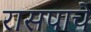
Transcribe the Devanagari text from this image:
रासपाचे